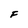
Character: F